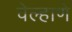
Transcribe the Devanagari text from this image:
वेल्हाणे